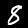
Label: 8